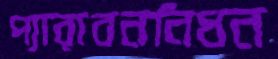
প্যারাবননিধন